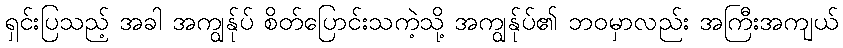
ရှင်းပြသည့် အခါ အကျွန်ုပ် စိတ်ပြောင်းသကဲ့သို့ အကျွန်ုပ်၏ ဘဝမှာလည်း အကြီးအကျယ်